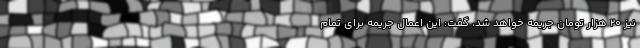
نیز ۲۰ هزار تومان جریمه خواهد شد، گفت: این اعمال جریمه برای تمام